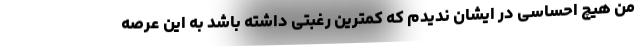
من هیچ احساسی در ایشان ندیدم که کمترین رغبتی داشته باشد به این عرصه